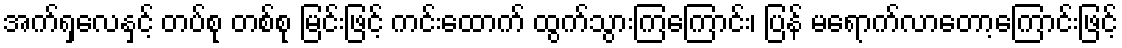
အက်ရှလေနှင့် တပ်စု တစ်စု မြင်းဖြင့် ကင်းထောက် ထွက်သွားကြကြောင်း၊ ပြန် မရောက်လာတော့ကြောင်းဖြင့်